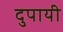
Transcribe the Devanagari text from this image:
दुपायी